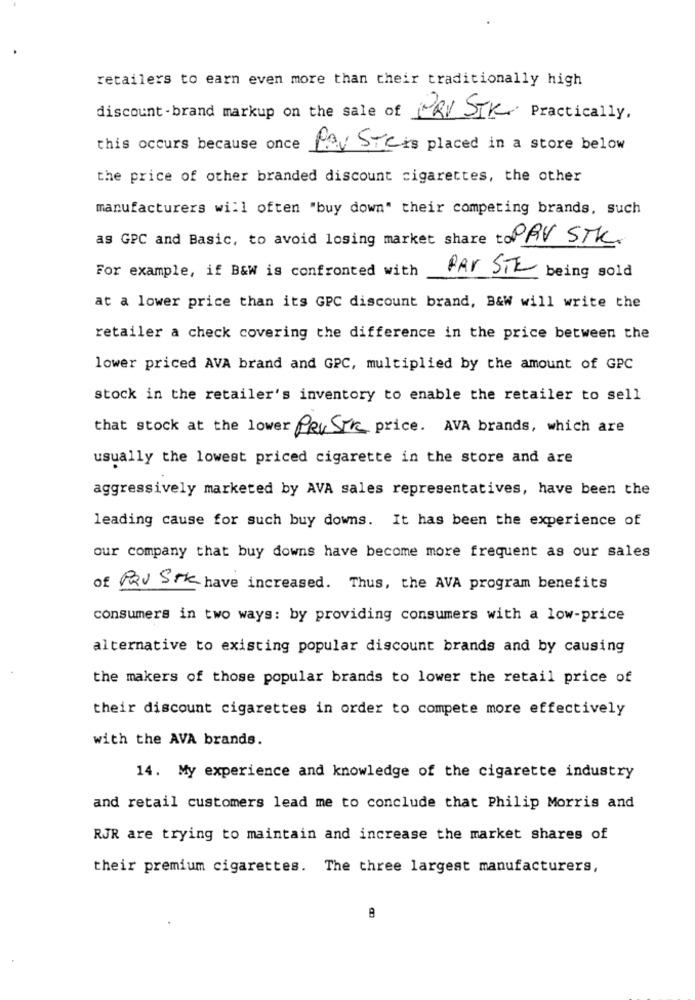
retailers to earn even more than their traditionally high
discount-brand markup on the sale of MRY SIK Practically,
this occurs because once
Pay STC ks placed in a store below
the price of other branded discount cigarettes, the other
manufacturers will often "buy down" their competing brands, such
as GPC and Basic, to avoid losing market share toPRV STK.
For example, if B&W is confronted with
PAR SIE
being sold
at a lower price than its GPC discount brand, B&W will write the
retailer a check covering the difference in the price between the
lower priced AVA brand and GPC, multiplied by the amount of GPC
stock in the retailer's inventory to enable the retailer to sell
that stock at the lower Pev STR price. AVA brands, which are
usually the lowest priced cigarette in the store and are
aggressively marketed by AVA sales representatives, have been the
leading cause for such buy downs. It has been the experience of
our company that buy downs have become more frequent as our sales
of PRV STK have increased. Thus, the AVA program benefits
consumers in two ways: by providing consumers with a low-price
alternative to existing popular discount brands and by causing
the makers of those popular brands to lower the retail price of
their discount cigarettes in order to compete more effectively
with the AVA brands.
14. My experience and knowledge of the cigarette industry
and retail customers lead me to conclude that Philip Morris and
RJR are trying to maintain and increase the market shares of
their premium cigarettes. The three largest manufacturers,
8